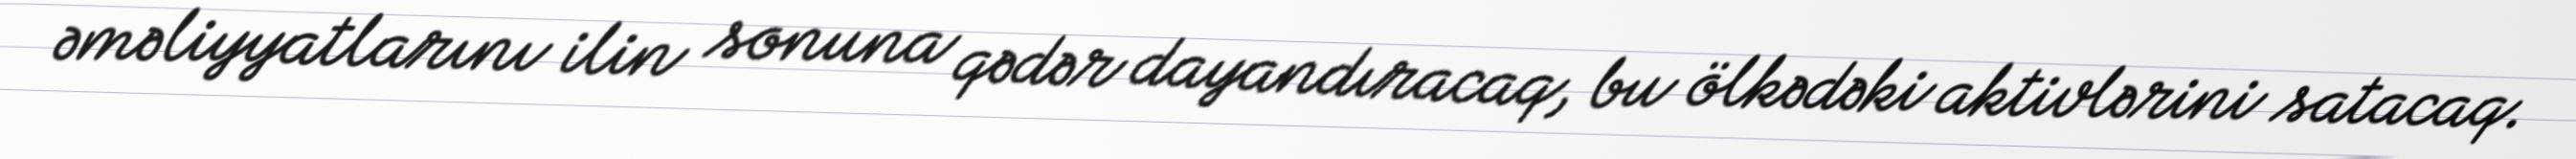
əməliyyatlarını ilin sonuna qədər dayandıracaq, bu ölkədəki aktivlərini satacaq.